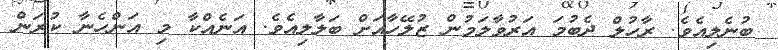
ބުނެލިއެވެ. ރާހުލް ދެބުމަ އަރުވާލަމުން ޒުލޭހާއަށް ބަލާލިއެވެ. އަނެއްކާ މި އަންހެނާ ކުރަން